Vaccination in Burma 1889-1999 - 1889-1999
Year: 1889
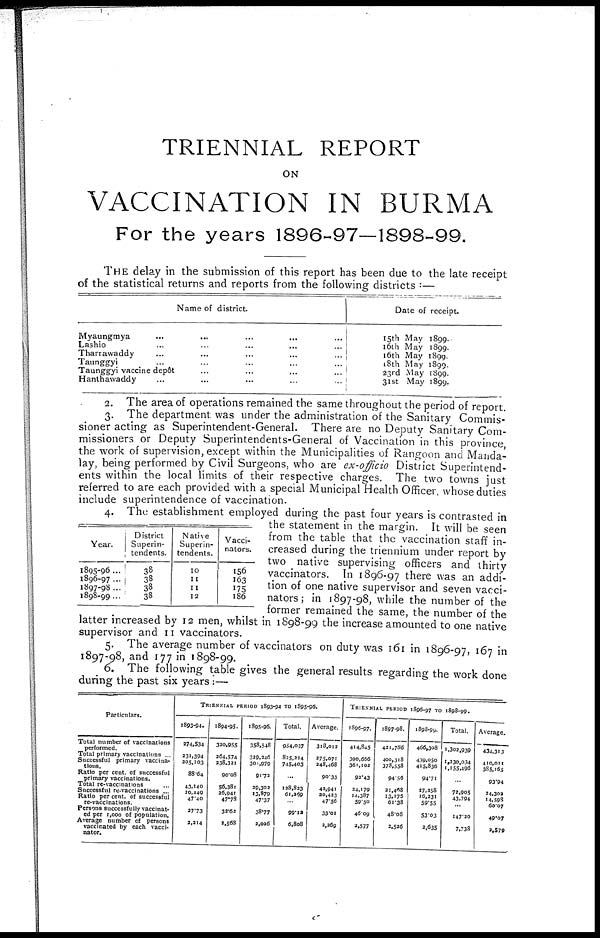
TRIENNIAL REPORT
ON
VACCINATION IN BURMA
For the years 1896-97—1898-99.
THE delay in the submission of this report has been due to the late receipt
of the statistical returns and reports from the following districts :—
Name of district.
Myaungmya ... ... ... ... ...
Lashio ... ... ... ... ...
Tharrawaddy ... ... ... ... ... ...
Taunggyi ... ... ... ... ... ...
Taunggyi vaccine depôt ... ...
Hanthawaddy ... ... ... ... ...
Date of receipt.
15th May 1899.
16th May 1899.
16th May 1899.
18th May 1899.
23rd May 1899.
31st May 1899.
2. The area of operations remained the same throughout the period of report.
3. The department was under the administration of the Sanitary Commis-
sioner acting as Superintendent-General. There are no Deputy Sanitary Com-
missioners or Deputy Superintendents-General of Vaccination in this province,
the work of supervision, except within the Municipalities of Rangoon and Manda-
lay, being performed by Civil Surgeons, who are ex-officio District Superintend-
ents within the local limits of their respective charges. The two towns just
referred to are each provided with a special Municipal Health Officer, whose duties
include superintendence of vaccination.
Year.
1895-96 ...
1896-97 ...
1897-98 ...
1898-99...
District
Superin-
tendents.
38
38 38
38
Native
Superin-
tendents.
10
11
11
12
Vacci-
nators.
156
163
175
186
4. The establishment employed during the past four years is contrasted in
the statement in the margin. It will be seen
from the table that the vaccination staff in-
creased during the triennium under report by
two native supervising officers and thirty
vaccinators. In 1896-97 there was an addi-
tion of one native supervisor and seven vacci-
nators; in 1897-98, while the number of the
former remained the same, the number of the
latter increased by 12 men, whilst in 1898-99 the increase amounted to one native
supervisor and 11 vaccinators.
5. The average number of vaccinators on duty was 161 in 1896-97, 167 in
1897-98, and 177 in 1898-99.
6. The following table gives the general results regarding the work done
during the past six years :—
Particulars.
Total number of vaccinations
performed.
Total primary vaccinations ...
Successful primary vaccina
tion.
Ratio per cent. of successful
primary vaccinations.
Total re-vaccinations ...
Successful re-vaccinations ...
Ratio per cent. of successful
re-vaccinations.
Persons successfully vaccinat-
ed per 1,000 of population.
Average number of persons
vaccinated by each vacci-
nator.
TRIENNIAL PERIOD 1893-94 TO 1895-96.
1893-94.
274,534
231,394
205,103
88.64
43,140
20,449
47.40
27.73
2,214
1894-95.
320,955
264,574
238,321
90.08
56,381
26,941
47.78
32.62
2,568
1895-96.
358,548
329,246
301,979
91.72
29,302
13,879
47.37
38.77
2,026
Total.
954,037
825,214
745,403
...
128,823
61,269
...
99.12
6,808
Average.
318,012
275,071
248,468
90.33
42,941
20,423
47.56
33.01
2,269
TRIENNIAL PERIOD 1896-97 TO 1898-99.
1896-97.
414,845
390,666
361,102
92.43
24,179
14,387
59.50
46.09
2,577
1897-98.
421,786
400,318
378,558
94.56
21,468
13,175
61.38
48.08
2,526
1898-99.
466,308
439,050
415,836
94.71
27,258
16,231
59.55
53.03
2,635
Total.
1,302,939
1,130,034
1,155,496
...
72,905
43,794
...
147.20
7,738
Average,
434,313
410,011
385,165
93.94
24,302
14,593
60.07
49.07
2,579